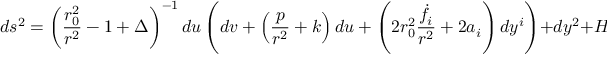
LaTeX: d s ^ { 2 } = \left( { \frac { r _ { 0 } ^ { 2 } } { r ^ { 2 } } } - 1 + \Delta \right) ^ { - 1 } d u \left( d v + \left( { \frac { p } { r ^ { 2 } } } + k \right) d u + \left( 2 r _ { 0 } ^ { 2 } { \frac { \dot { f } _ { i } } { r ^ { 2 } } } + 2 a _ { i } \right) d y ^ { i } \right) + d y ^ { 2 } + H _ { 5 } d x ^ { 2 } .